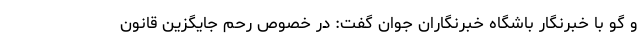
و گو با خبرنگار باشگاه خبرنگاران جوان گفت: در خصوص رحم جایگزین قانون